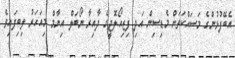
އެބޭފުޅުންގެ މަސައްކަތަށް މެޑިސިން އަދި ފިޒިއޯލޮޖީގެ ދާއިރާ ނޯބަލް އިނާމް މިއަހަރު ލިބިފައިވެ